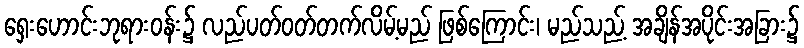
ရှေးဟောင်းဘုရားဝန်း၌ လည်ပတ်ဝတ်တက်လိမ့်မည် ဖြစ်ကြောင်း၊ မည်သည့် အချိန်အပိုင်းအခြား၌